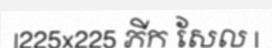
|225x225 ភីក សែល |